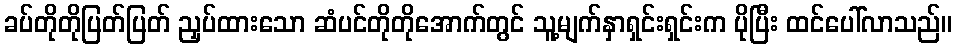
ခပ်တိုတိုပြတ်ပြတ် ညှပ်ထားသော ဆံပင်တိုတိုအောက်တွင် သူ့မျက်နှာရှင်းရှင်းက ပိုပြီး ထင်ပေါ်လာသည်။